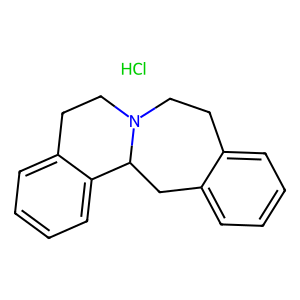
SMILES: Cl.c1ccc2c(c1)CCN1CCc3ccccc3C1C2
Inhibits HIV replication: No